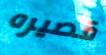
قصيره